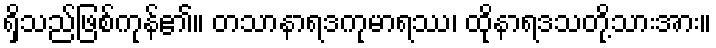
ရှိသည်ဖြစ်ကုန်၏။ တသာနာရဒကုမာရဿ၊ ထိုနာရဒသတို့သားအား။